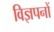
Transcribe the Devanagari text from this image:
विज्ञपनों